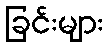
ခြင်းများ